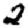
Digit: 2